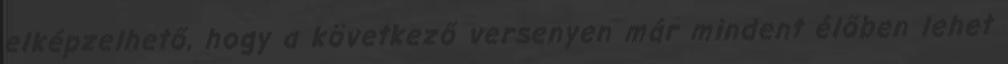
elképzelhető, hogy a következő versenyen már mindent élőben lehet